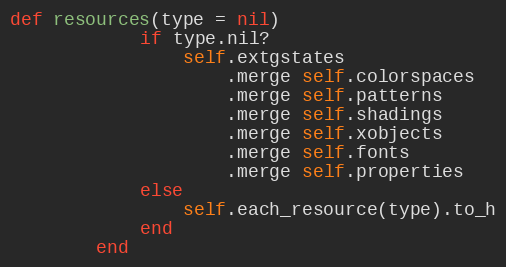
Language: Ruby
def resources(type = nil)
            if type.nil?
                self.extgstates
                    .merge self.colorspaces
                    .merge self.patterns
                    .merge self.shadings
                    .merge self.xobjects
                    .merge self.fonts
                    .merge self.properties
            else
                self.each_resource(type).to_h
            end
        end